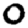
Digit: 0